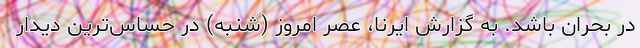
در بحران باشد. به گزارش ایرنا، عصر امروز (شنبه) در حساس‌ترین دیدار